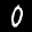
Label: 0